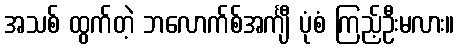
အသစ် ထွက်တဲ့ ဘလောက်စ်အင်္ကျီ ပုံစံ ကြည့်ဦးမလား။